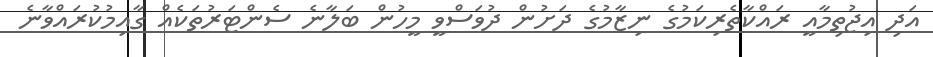
އަދި އިޖުތިމާއީ ރައްކާތެރިކަމުގެ ނިޒާމުގެ ދަށުން ދުވަސްވީ މީހުން ބަލާނެ ސެންޓަރުތަކެއް ގާއިމުކުރައްވާނެ